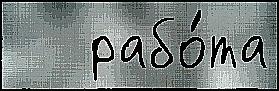
   рабо́та